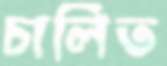
চালিত